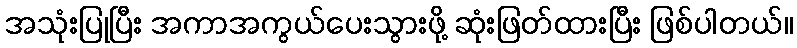
အသုံးပြုပြီး အကာအကွယ်ပေးသွားဖို့ ဆုံးဖြတ်ထားပြီး ဖြစ်ပါတယ်။